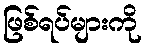
ဖြစ်ရပ်များကို